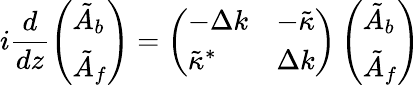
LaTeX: i\frac{d}{dz}\left(\begin{array}{l}{\tilde{A}_{b}}\\ {\tilde{A}_{f}}\end{array}\right)=\left(\begin{array}{ll}{-\Delta k}&{-\tilde{\kappa}}\\ {\tilde{\kappa}^{*}}&{\Delta k}\end{array}\right)\left(\begin{array}{l}{\tilde{A}_{b}}\\ {\tilde{A}_{f}}\end{array}\right)